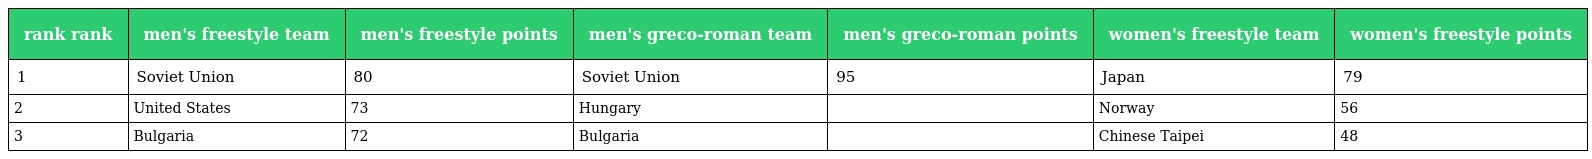
| rank rank | men's freestyle team | men's freestyle points | men's greco-roman team | men's greco-roman points | women's freestyle team | women's freestyle points |
 | --- | --- | --- | --- | --- | --- | --- |
 | 1 | Soviet Union | 80 | Soviet Union | 95 | Japan | 79 |
 | 2 | United States | 73 | Hungary |  | Norway | 56 |
 | 3 | Bulgaria | 72 | Bulgaria |  | Chinese Taipei | 48 |